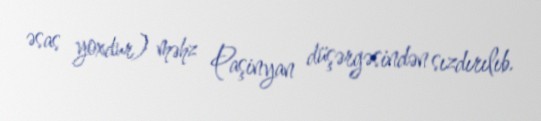
əsas yoxdur) məhz Paşinyan düşərgəsindən sızdırılıb.